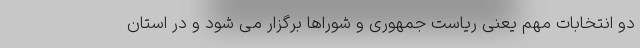
دو انتخابات مهم یعنی ریاست جمهوری و شوراها برگزار می شود و در استان